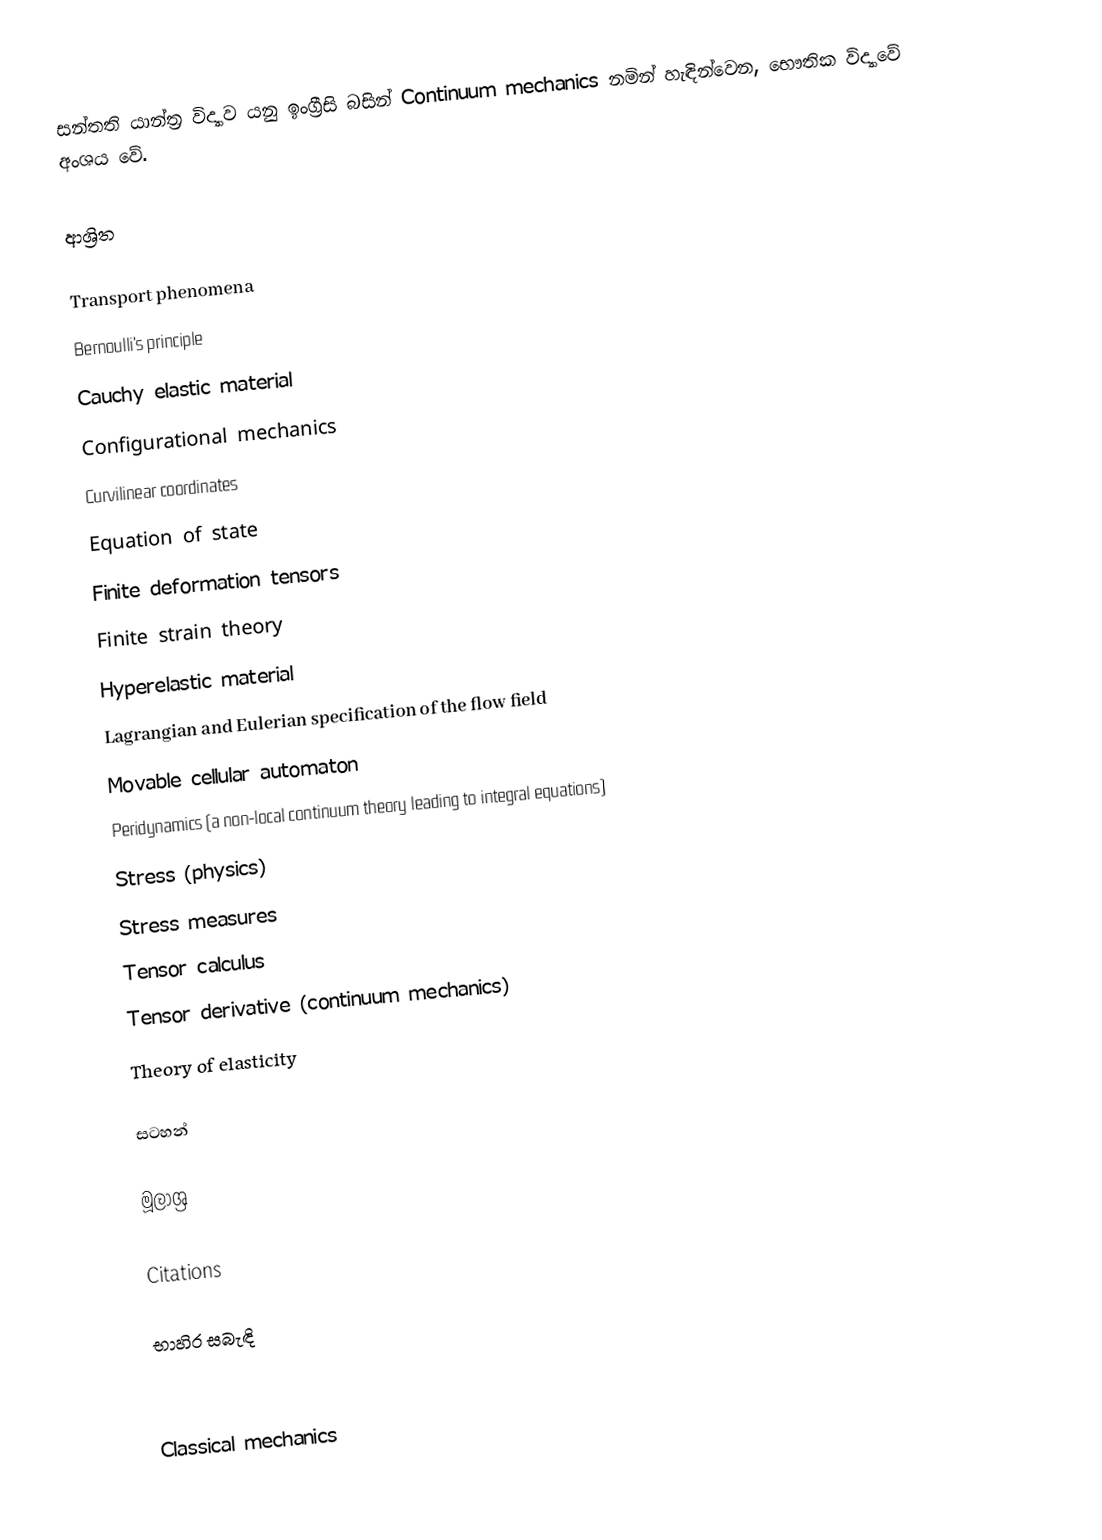
සන්තති යාන්ත්‍ර විද්‍යාව යනු ඉංග්‍රීසි බසින් Continuum mechanics නමින් හැඳින්වෙන, භෞතික විද්‍යාවේ අංශය වේ.

ආශ්‍රිත

 Transport phenomena
 Bernoulli's principle
 Cauchy elastic material
 Configurational mechanics
 Curvilinear coordinates
 Equation of state
 Finite deformation tensors
 Finite strain theory
 Hyperelastic material
 Lagrangian and Eulerian specification of the flow field
 Movable cellular automaton
 Peridynamics (a non-local continuum theory leading to integral equations)
 Stress (physics)
 Stress measures
 Tensor calculus
 Tensor derivative (continuum mechanics)
 Theory of elasticity

සටහන්

මූලාශ්‍ර

Citations

භාහිර සබැඳි

Classical mechanics